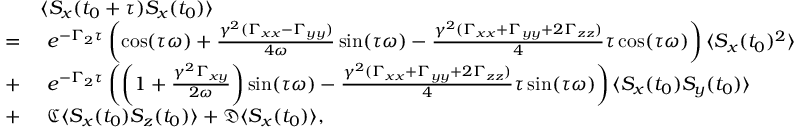
\begin{array} { r l } & { \langle S _ { x } ( t _ { 0 } + \tau ) S _ { x } ( t _ { 0 } ) \rangle } \\ { = } & { \mathrm { ~ } e ^ { - \Gamma _ { 2 } \tau } \left( \cos ( \tau \omega ) + \frac { \gamma ^ { 2 } ( \Gamma _ { x x } - \Gamma _ { y y } ) } { 4 \omega } \sin ( \tau \omega ) - \frac { \gamma ^ { 2 } ( \Gamma _ { x x } + \Gamma _ { y y } + 2 \Gamma _ { z z } ) } { 4 } \tau \cos ( \tau \omega ) \right) \langle S _ { x } ( t _ { 0 } ) ^ { 2 } \rangle } \\ { + } & { \mathrm { ~ } e ^ { - \Gamma _ { 2 } \tau } \left( \left( 1 + \frac { \gamma ^ { 2 } \Gamma _ { x y } } { 2 \omega } \right) \sin ( \tau \omega ) - \frac { \gamma ^ { 2 } ( \Gamma _ { x x } + \Gamma _ { y y } + 2 \Gamma _ { z z } ) } 4 \tau \sin ( \tau \omega ) \right) \langle S _ { x } ( t _ { 0 } ) S _ { y } ( t _ { 0 } ) \rangle } \\ { + } & { \mathrm { ~ } \mathfrak { C } \langle S _ { x } ( t _ { 0 } ) S _ { z } ( t _ { 0 } ) \rangle + \mathfrak { D } \langle S _ { x } ( t _ { 0 } ) \rangle , } \end{array}